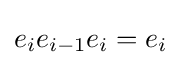
e_{i}e_{i-1}e_{i}=e_{i}